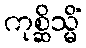
ကုစ္ဆိသ္မိံ